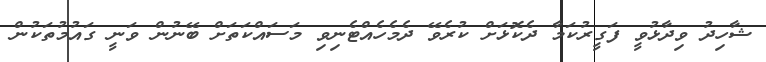
ޝާހިދު ވިދާޅުވީ ފަގީރުކަމާ ދެކޮޅަށް ކުރެވޭ ދެމެހެއްޓެނިވި މަސައްކަތަށް ބޭނުން ވަނީ ގައުމުތަކުން